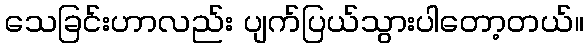
သေခြင်းဟာလည်း ပျက်ပြယ်သွားပါတော့တယ်။